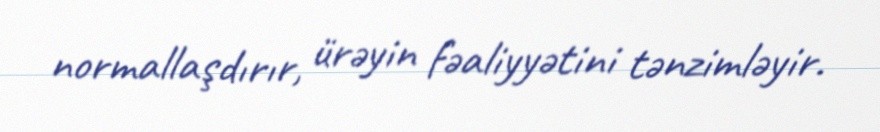
normallaşdırır, ürəyin fəaliyyətini tənzimləyir.